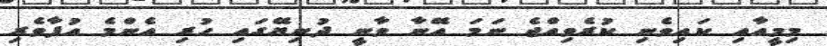
މިމީއާއި ކައިވެނި ކުރެވިއްޖެ ނަމަ އޭނާ ވާނީ ދުނިޔޭގައި ހުރި އެންމެ އުފާވެރި